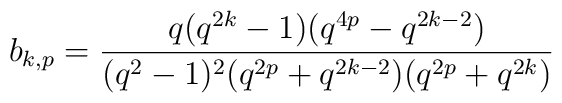
b_{k,p} = \frac{q(q^{2k}-1)(q^{4p}-q^{2k-2})}{(q^2-1)^2(q^{2p}+q^{2k-2})(q^{2p}+q^{2k})}